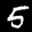
Label: 5